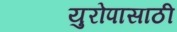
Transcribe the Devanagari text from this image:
युरोपासाठी